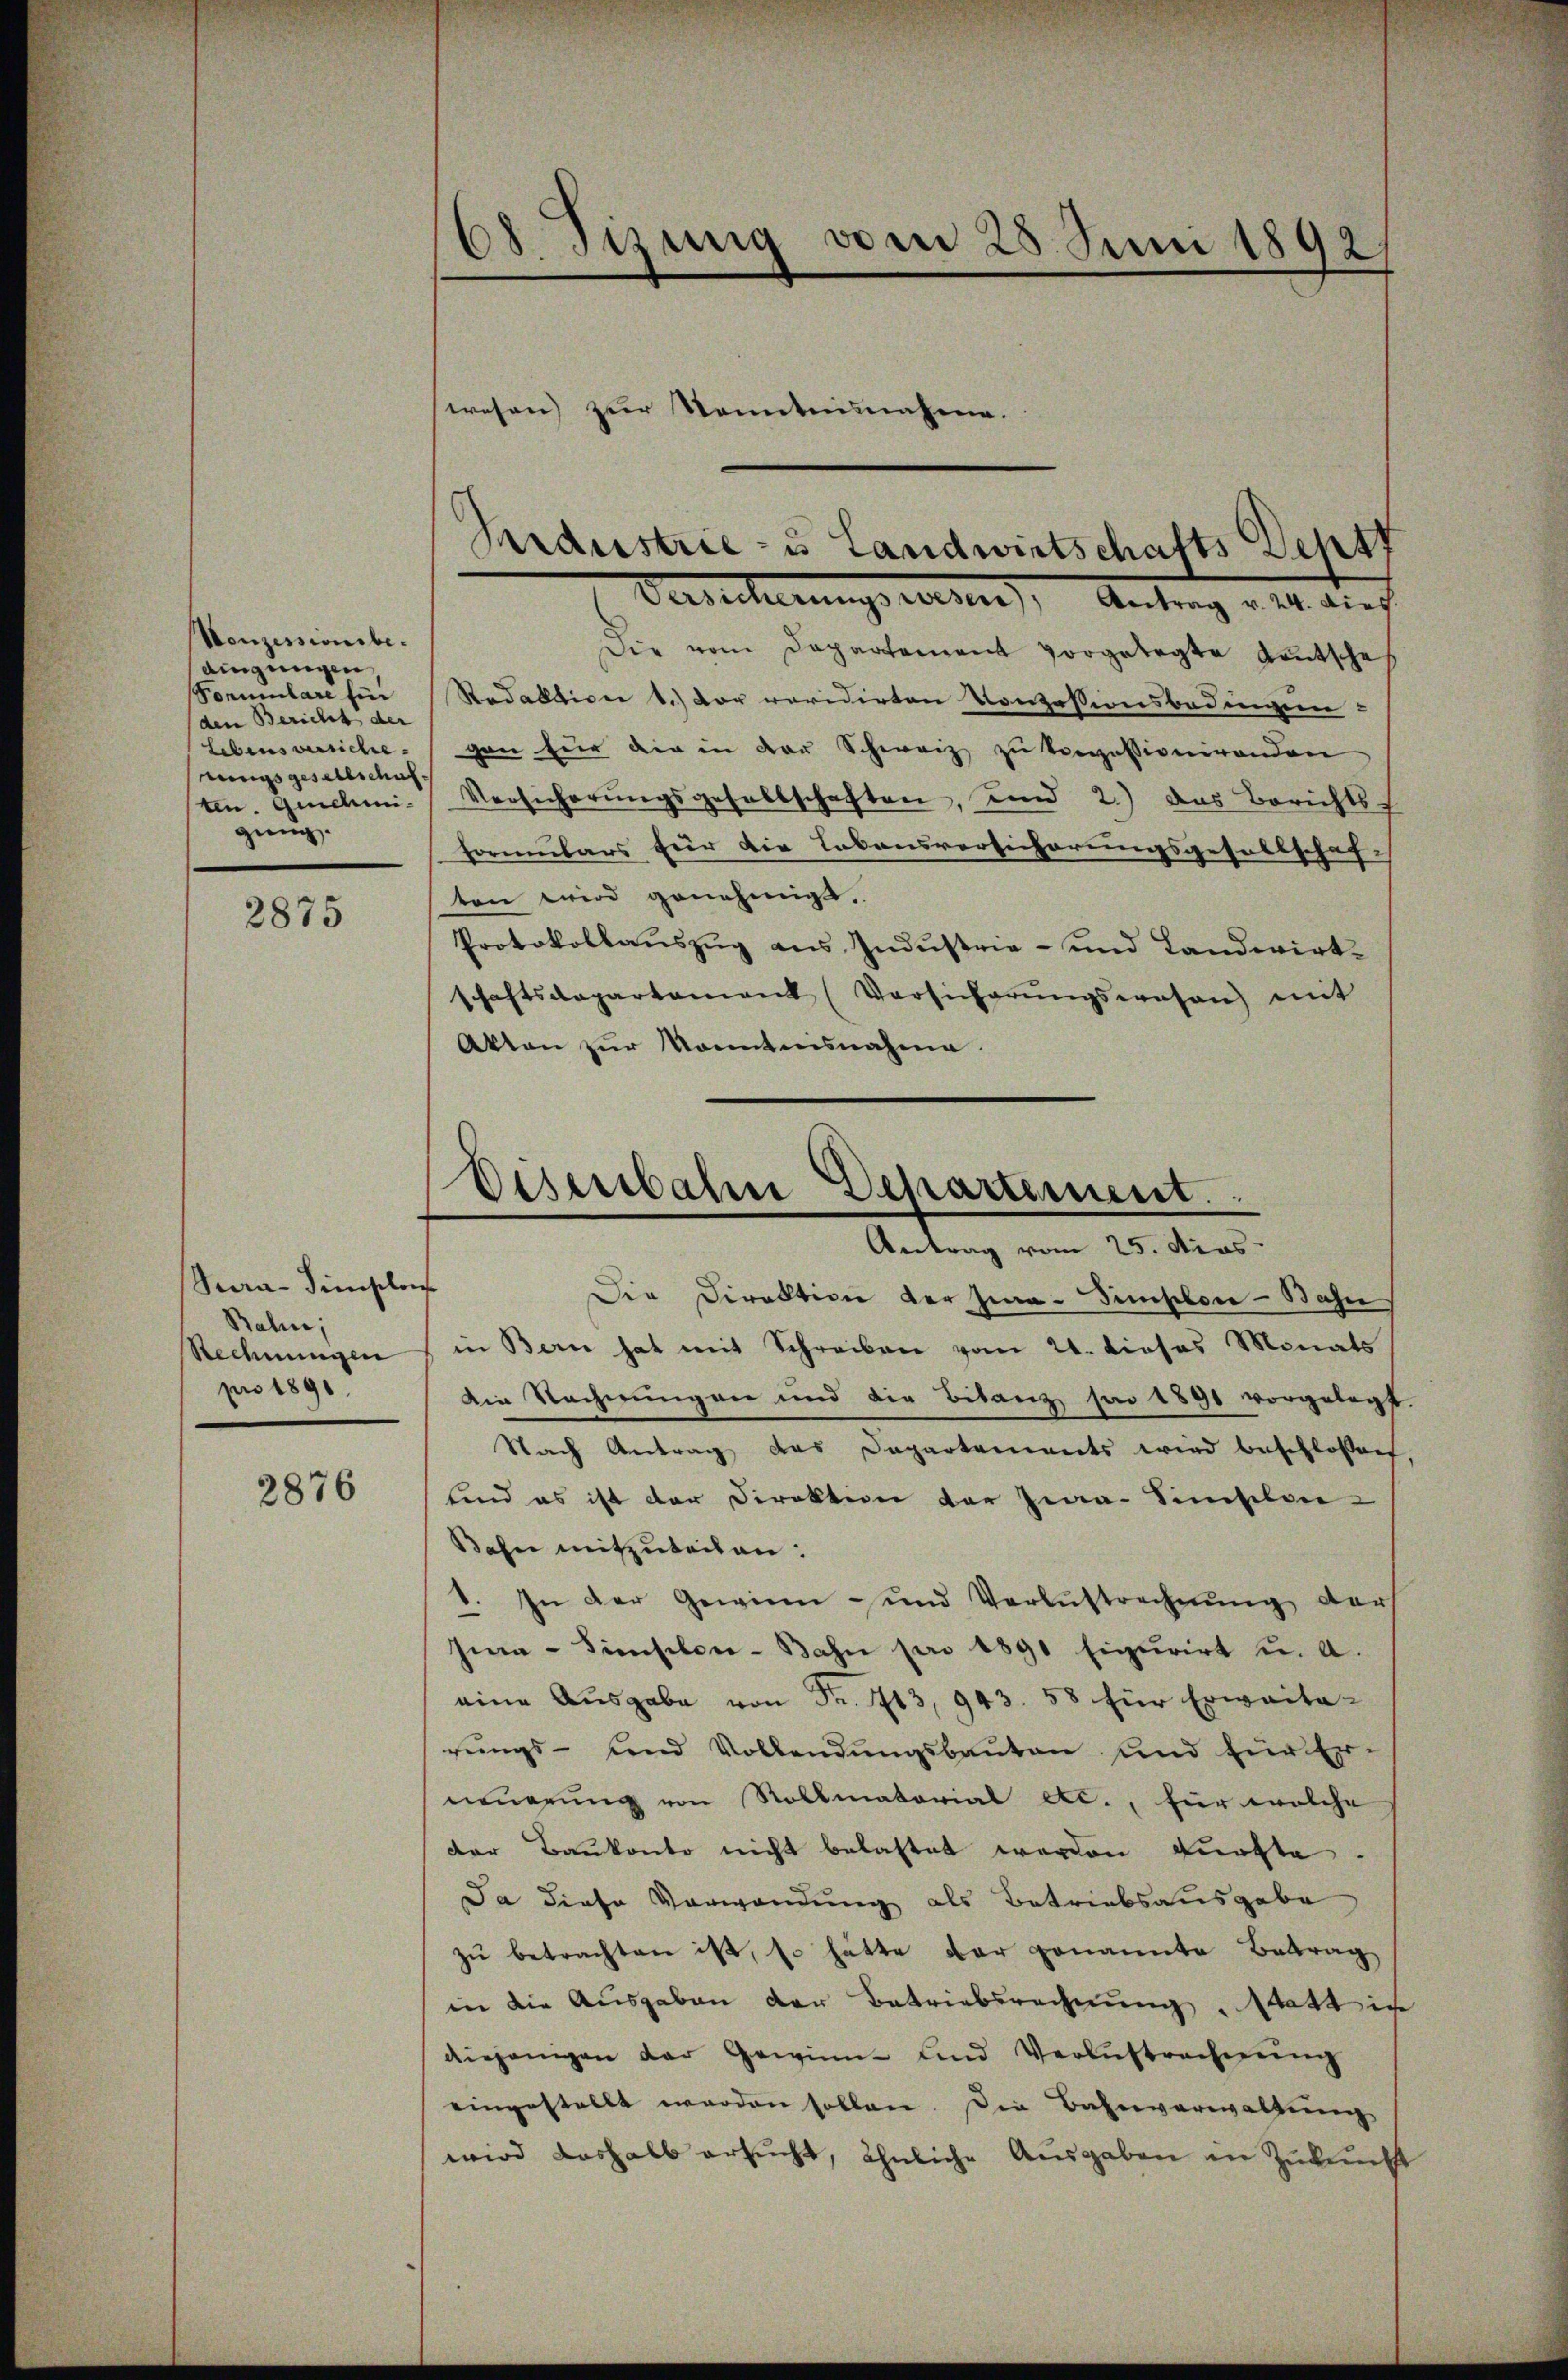
Konzessionsbe-
dingungen
Formulare für
den Bericht der
Lebens versiche
rungsgesellschuf.
ten. Genehmiging.

2875

Seea-Simische
Bahn,
Rechnungen
pro 1891

2876

68 Fizung vom 25. Juni 1892.
wesen zur Sonntensnahme.

Die vom Departement vorgelegte deutsche
Redaktion 1.) Der revidirten Konzessionsbedingen-
gen für die in der Schweiz zu tropessionirenden
Versicherŭngsgesellschaften, und 2.) Das Berichts-
Formulars für die Lebensversicherungsgesellschaften wird genehmigt.
Protokollauszug aus Industrie- und Landwirtschaftsdepartament (Vorsicherŭngswesen mit
Akten zŭr Konntensnahme.
e
Die Direktion der Jia-Simploie-Bahn
in Bern hat mit Schreiben vom 21. dieses Monats
Die Rechnungen und die Bilanz par 1891 vorgelegt
Nach Antrag des Departements wird beschlossen,
sind es ist der Direktion der Zwar Hinsilen-
Bahn mitzuteilen:
1. In der Gewinn- und Verlustrechnŭng der
sia-Simsilen-Bahn pro 1891 Figurirt u. a.
eine Ausgabe von Fr. 1713, 943. 58 für Erweite
rŭngs- und Vollendŭngsbaŭten und für Er-
neuerung von Rollmatorial etc., für welche
der Baukonto nicht belastet werden dürfte.
Da diese Vorwandung als Betriebsausgabe
zŭ betrachten ist, so hätte der genannte Betrag
in die Ausgaben der Betriebsrechnung, statt ic
diejenigen der Gewinn- und Verlustrechnŭng
eingestellt werden sollen. Die Bahnverwaltung
wird deshalb ersucht, ähnliche Ausgaben in Zukunft

Industrie- u Landwirtschafts Dept
Versicherungswesen), Antrag v. 24. dies

Dieserbahn Departement.